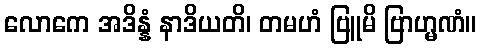
လောကေ အဒိန္နံ နာဒိယတိ၊ တမဟံ ဗြူမိ ဗြာဟ္မဏံ။